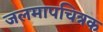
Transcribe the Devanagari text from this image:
जलमापचित्रक